Vital statistics of India. Vol. IV, Annual returns from 1871 to 1876. British Army of India, Native Army and jails of Bengal
Year: 1871
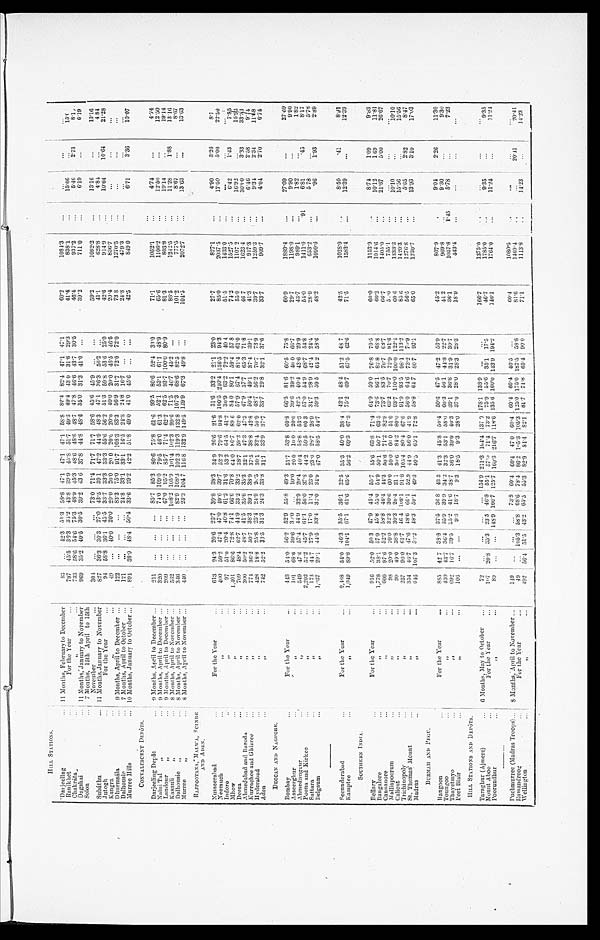
H I L L S T A T I O N S .
Darjeeling . . .
11 Months, February to December
83
. . .
42.3
51.3
58.8 47.1
47.1
47.1
58.8
82.4 82.4 47.1
47.1
60.2
1084.3
. . .
. . .
. . .
. . .
Ranikhet . . .
For the Year . . .
797
45.5 36.3
34.2 43.8 39.9
45.8 51.7
49.3
49.4 43 0
31.6
29.3
41.4
838.1
. . .
15.06
. . .
15.0
Chakráta . . .
" . . .
733
58.6 54.6 75.3
48.9 45.3
48.6
48.6
48.7 47.8
46.6 43.7
30.5
46.4
937.2
. . .
5.46
2.73
8.1
Dagshai . . .
11 Months, January to November
969
35.2 40.5
30.5
39.2 43 6 37.8
44.8 48.6
35.0
31.3
41.0
. . .
39.2
711.0
. . .
6.19
. . .
6.19
Solon . . .
7 Months, 15th April to 15th
November . . .
304
. . .
. . .
. . .
73.0 71.4
71.7
71.7
58.6
45.6
45.9
. . .
. . .
59.2
1082.2
. . .
13.16
. . .
13.16
Subáthu . . .
11 Months, January to November
827
36.3 30.3
27.0 43.5 391
47.2
44.9 48.3
47.1
36.3
56.2
. . .
41.1
628.8
. . .
4.84
. . .
4 84
10.64
10.64
21.28
Jutogh . . .
For the Year . . .
94
58.8
36.1 45.5 33.7
33.3
33.3
55.6 56.2
51.3
59.8 53.6
25.0
42.6
914.9
. . .
Kangra . . .
" . . .
49
. . .
40.0
20.0 20.0 20.0
20 0 20.6
20.0 40.0
20.0 46.5 46.5
20.4
836.7
. . .
. . .
. . .
. . .
73 8
1270.5
. . .
. . .
. . .
. . .
Dhurmsála . . .
9 Months, April to December . . .
122
. . .
. . .
. . . 83.3
75.0
91.7 108.3
83.3
56.9
31.7
72.0
72.0
479.3
. . .
. . .
. . .
. . .
24.8
Dalhousie . . .
7 Months, April to October . . .
121
. . .
. . .
. . .
24.8 33.1 33.1
16.5
24.8 24.8
16.7
. . .
. . .
Murree Hills . . .
10 Months, January to October . . .
894
38.9
48.4
50.4 33.6 29.2 42.2 51.8 49.0
41.0
45.6
. . .
. . .
42.5
849 0
. . .
6.71
3.36
10.07
CONVALESCENT DEPÔTS . . .
Darjeeling Depôt . . .
9 Months, April to December . . .
211
. . .
. . .
. . .
85.7 85.3
80.6 75.8
61.6
99.5 80.6
52.4 33.0
71.1
1052.1
. . .
4.74
. . .
4.74
1106.2
. . .
12.50
. . .
12.50
Naini Tal " . . .
9 Months, April to December . . .
320
. . .
. . .
. . .
74.0 109.0
79.5
46.0
61.3 52.1
53.1
61.1
48.9 65.6
803.8
. . .
19.14
. . .
19.14
81.3
Landour " . . .
9 Months, April to December . . .
209
. . .
. . .
. . .
67.0
95.2 85.7
71.4
62.2
62.5
93.7 100.0 80.9
11.28
1.88
13.16
1242.5
. . .
Kasauli " . . .
8 Months, April to November . . .
532
. . .
. . .
. . . 108.2 105.9
1 0 1 . 4 102.3
99.6
71.5
46.7 45.2
. . .
86.5
8.67
. . .
8.67
101.2
777.5
Dalhousie " . . .
8 Months, April to November . . .
346
. . .
. . .
. . . 82.9 108.3 102 3 119.3 119.3 132.8 107.3
68.6 82.5
. . .
2072.7
. . .
13.63
. . .
13.63
104.5
Murree " . . .
8 Months, April to November . . .
4 4 0
. . .
. . .
. . .
23.3 104 7 116 8 132.9 132.9 149.5 129.9 67.3
49.8
. . .
RAJPOOTANA MALWA, SCINDE
AND ADEN.
Nusseerabad . . .
For the Year . . .
613
24.3 20.6 23.7 39.8
38.3 34.9
26.6 21.6
31.6
33.2
21.1
23.0
27.7
827.1
. . .
4.90
3.26
8.1
2037.5
. . .
17.50
5.00
22.50
85.0
Neemuch . . .
" . . .
400
59.2
47.4 47.0
9.6 39.7
52.2 79.6
94.8 100.5
2 4 0 . 4 136.5
94.3
1433.0
. . .
. . .
. . .
. . .
51.5
Indore . . .
" . . .
97
51.0
20.4 40.8
61.2 31.6
53.2
64.5 41.2
30.9 63.2
72.2 40 4
1527.5
. . .
6.42
1.43
7.85
74.2
Mhow . . .
" . . .
1,401
86.6 72.8 74.1
66.6
70.8 64.0
80. 7 89 6
84 0 80.1
59.4
57 8
55.0
1107 2
16.92
. . .
16.92
Deesa . . .
" . . .
709
48.4 62.7
. 4 4 . 9 33.2
33.2
38.7
59.2
62.0
57.9 67.4
81.4 61.0
3.33
3 3 . 3 3
1623.4
. . .
30.0
46 7
Ahmedabad and Baroda . . .
" . . .
300
50.2
4 8 . 7 41.5
35.6 35.3 32.1
47.3
47.3 47.9 57.7
65.3 71.8
917.3
. . .
6.46
2.58
9 . 1 4
41.3
Kurrachee and Ghizree . . .
" . . .
774
36.2
50.7
38.3
39.1
38.9
37.5
38.8
42.8
50.4 49.1
37.4 39.1
1259.3
. . .
9.34
2 . 3 4
11.68
39.7
Hyderabad . . .
" . . .
428
18.8
25.8 25.4 24.9
20. 5<i l l egi bl e> 30.1 32.4 50.9 48.7
56.2 70.7 73.9
909.7
. . .
4. 04
2.70
6.74
33.7
Aden . . .
" . . .
742
52.2
33.5
31.3 24.3
33.8 31.1
33.9
37.7
33.7
29.8
32.1
37.6
DECCAN AND NAGPORE
Bombay . . .
For the Year . . .
443
54.0 56.2
52.9
55.8 49.3
51.7
53.8
60.8
66.5 81.6
60.5
75.8
60.9
1889.4
. . .
27.09
. . .
27.09
1198.0
. . .
9.90
. . .
9.90
29.7
Asseerghur . . .
"
. . .
101
68.6 39.6 30.0
. . .
10.0 20 0
10. 0 20.0
39.6
39.2
40 0
66.7
43.7
989.1
. . .
1.82
. . .
1.82
Ahmednuggur . . .
" . . .
549
47.6
57.4
4 4 . 9 32.9
29.4
40.4 58.8
53.3
42.5
40.4
43.6
29.9
8.17
1411.0
.91
6.81
.45
5 4 . 0
Poona and Kirkee . . .
"
. . . 2,202
5 2 . 2 45.7
61.1
56.0 37.8
44.2 59.5
60 3
57.0
54.9
68.7
54.8
5.78
28.9
653.2
. . .
5 78
. . .
Sattara . . .
" . . .
173
44.7
27.9
17.0
11.4 23.0 23.0
28.7
28.9
34.7
28.9
42.4 24.4
1090.6
. . .
. 9 6 1.93
2.89
48.2
Belgaum . . .
" . . .
1, 0<i l l gebl e>37
29.1
44.5
33.4 32.0
34.9
47.0 58.5
54.7
59.3
59 5
64 2
58.6
Secunderabad . . .
For the Year . . .
2,468
54.0
46.3 35.5 36.1
32.5 35.3
40.0 38.4 42.1 48.4 51.2 48 7
42.5
1028.0
. . .
8.50
.41
8.91
. . .
12.39
. . .
12.39
1583.4
" . . .
1,049
89.8 104.1
67.1
61.6 65.6 56.2
69.3
67.3 75.2
69.7
67.5
62.6
71.5
Kamptee . . .
SOUTHERN INDIA.
Bellary . . .
For the Year . . .
916
52.0
50 3 47.9 45.4 55.7
55.6
63.8
71.4 64.9
59.0 76.8
70.5
60.0
1153.9
. . .
8.74
1.09
9.83
10.12
1 69
11.81
1014.6
" . . .
1,778
. 3 8 . 1 57.9
45.8
55.0
54.9
50.1
50.7
63.5 73.6
86.1
82 8
68.8
60.2
Bangalore . . .
. . .
21.67
5.00
26.67
1405.0
" . . .
600
97.6 52.2
5 8 . 8 46.4
44.3
50.6
71.2 82.9
73.7 83.5 76.7
6 8 . 7
66.7
Cannanore . . .
. . .
. . .
. . .
. . .
755.1
" . . .
98
20.0
20.0
32.3 30.6
60.0
50.0
60 0
51.0 63.2
70.7
72.9 81.6
57<i l l gebl e>. 0
Malliapoorum . . .
. . .
10.10
. . .
10.10
1333.3
" . . .
99
49-0
38.8 30.3
20.4
21 1
30.6
84.2
80.0
93.7 110.0 100.0 122.4
60 6
Calicut . . .
1420.3
. . .
15.56
. . .
15.56
" . . .
257
96.0 61.7 46 4 108.1
91.8
105.4 80.4
67.6 91.9
93.5
98.1 113.2
85 6
Trichinopoly . . .
. . .
5.65
2.82
8.47
1276.8
" . . .
354
46.7
47.6 48.6
6 6 . 1 52.9
44.9
56.0
41.9 56.0
64.6 73.2
70.9
56.5
St. Thomas'. Mount . . .
. . .
13.93
3.10
17.03
1230.7
" . . .
646
107.1
5 0 . 2 48.3
59.1
49.3
50.5
65.1
72.8
58.8 64 7 80 7
92.1
65.0
Madras . . .
BURMAH AND PEGU.
Rangoon . . .
For the Year . . .
885
42 7 38.8
37.5
36 8 43 3
41.3
45.8
50.4 50.6 47.5
47.2
56.9
45.2
807.9
. . .
9.04
2.26
11.30
. . .
9.30
. . .
9.30
9 6 9 . 8
430
4 3 . 7 36.4 35.9 39.9 34.2 32.3
53.1
58.0
60.3
56.1 44.8
2 2 . 7
44 2
" . . .
Toungoo . . .
1057.8
1.45
5.78
. . .
7.23
36.1
" . . .
69.2
16.7 39.5
5 5 . 2 41.6 38.7
36.0
39.0
4 0 . 3 39.1
36.8 31.9
30.7
Thayetmyo . . .
18.9
443.4
. . .
. . .
. . .
. . .
" . . .
106
. . .
. . .
9.3
18.7
9.3 18.5
9.3 28.0
37.0 28.0 28.3
28.3
Port Blair . . .
HILL STATIONS AND DEPÔTS.
Taraghur (Ajmere) . . .
6 Months, May to October . . .
72
. . .
. . .
. . .
. . . 154.9 211.3 164.4 137 0
1 7 8 . 1 138.9
. . .
. . .
166.7
1375.0
. . .
. . .
. . .
. . .
. . .
9.35
. . .
9.35
1785.0
1 0 7
20.8
35.3
23.5 46.8
55.1 57.0
71.4
73.2
7 5 . 9 55.6 35.1
17.5
46.7
Mount Aboo . . .
F o r t h e Y e a r
. . .
11.24
. . .
11.24
148.9 166.7 125.7 160.3 216.7 118.6 135 6 160.0 143.9 194.2
146.1
1764.0
8 9
. . .
"
. . .
. . .
Poorundhur . . .
. . .
Puchmur r ee ( Madr as Tr oops) . . .
8 Months, April to November . . .
149
. . .
. . .
. . .
7 3 . 8
60
60.4
47.0
60.4
60.4 60.4 40.5
. . .
60.4
1080.5
. . .
. . .
. . .
. . .
1 4 6 9 . 4
. . .
. . .
20.41
20.41
81.6
Ramandroog . . .
49
. . .
105.3 58.8
68.6 78.4 86.2 105.3 105.3
1 2 5 . 0 175.0 187.5
58.8
For the Year . . .
1113.8
. . .
14.23
. . .
14.23
71.1
492
56.4 51.3 43.2
65.5
53.3 82.9 84.4 82.1
81.7
71.8
65.4 90.0
Wellington . . .
" . . .